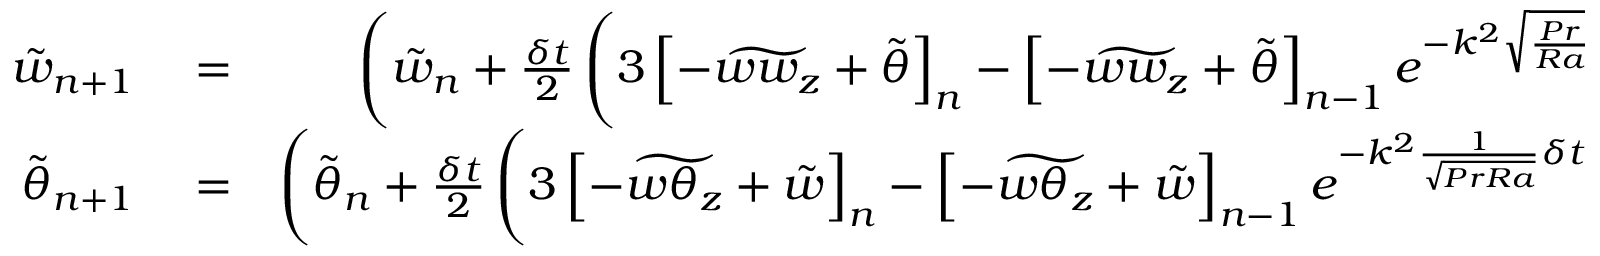
\begin{array} { r l r } { \tilde { w } _ { n + 1 } } & { { } = } & { \left( \tilde { w } _ { n } + \frac { \delta t } { 2 } \left( 3 \left[ - \widetilde { w w _ { z } } + \tilde { \theta } \right] _ { n } - \left[ - \widetilde { w w _ { z } } + \tilde { \theta } \right] _ { n - 1 } e ^ { - k ^ { 2 } \sqrt { \frac { P r } { R a } } \delta t } \right) \right) e ^ { - k ^ { 2 } \sqrt { \frac { P r } { R a } } \delta t } } \\ { \tilde { \theta } _ { n + 1 } } & { { } = } & { \left( \tilde { \theta } _ { n } + \frac { \delta t } { 2 } \left( 3 \left[ - \widetilde { w \theta _ { z } } + \tilde { w } \right] _ { n } - \left[ - \widetilde { w \theta _ { z } } + \tilde { w } \right] _ { n - 1 } e ^ { - k ^ { 2 } \frac { 1 } { \sqrt { P r R a } } \delta t } \right) \right) e ^ { - k ^ { 2 } \frac { 1 } { \sqrt { P r R a } } \delta t } , } \end{array}